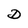
Character: D